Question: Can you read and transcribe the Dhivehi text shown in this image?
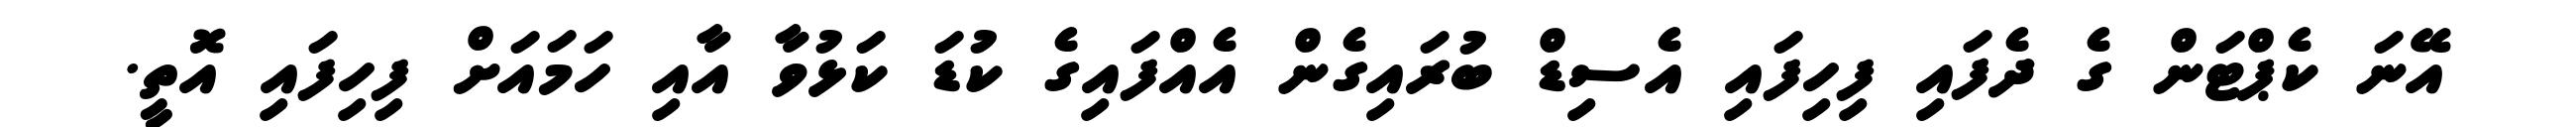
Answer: އޭނަ ކެޕްޓަން ގެ ދެފައި ފިހިފައި އެސިޑް ބުރައިގެން އެއްފައިގެ ކުޑަ ކަޅުވާ އާއި ހަމައަށް ފިހިފައި އޮތީ.